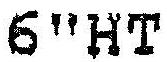
6"HT